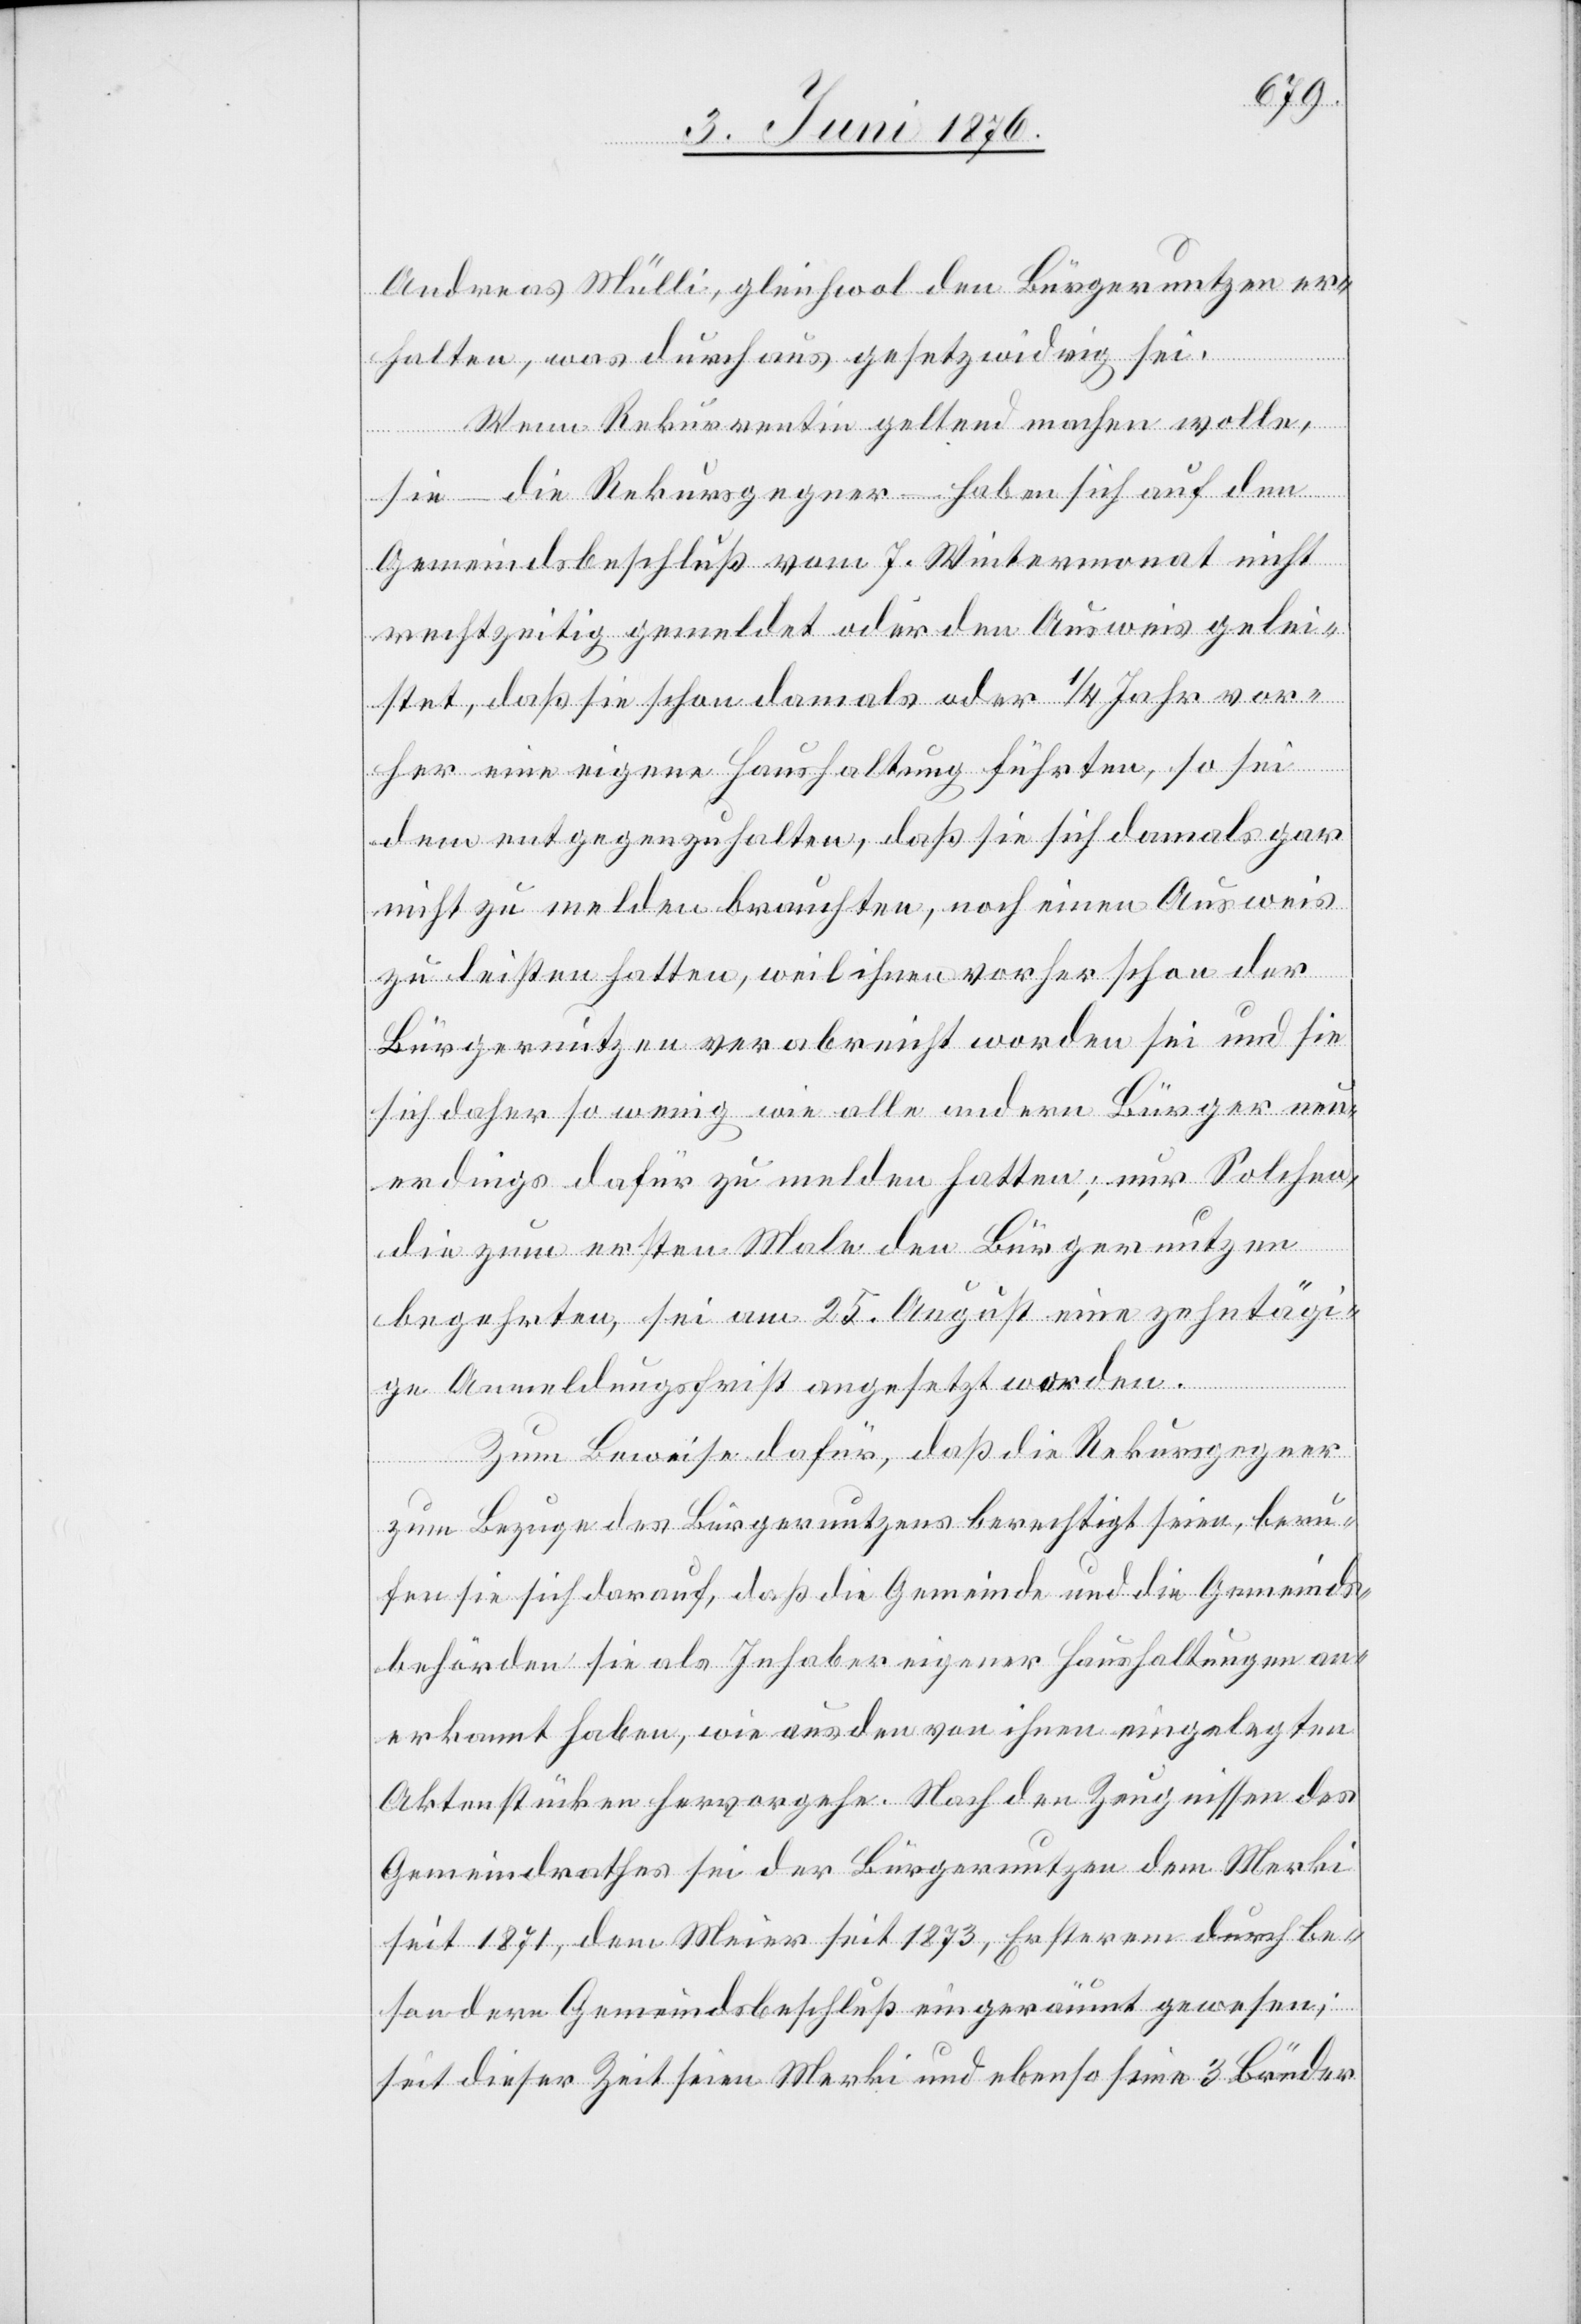
Andreas Mülli, gleichwol den Bürgernutzen er¬
halten, was durchaus gesetzwidrig sei.
Wenn Rekurrentin geltend machen wolle,
sie – die Rekursgegner – haben sich auf den
Gemeindsbeschluß vom 7. Wintermonat nicht
rechtzeitig gemeldet oder den Ausweis gelei¬
stet, daß sie schon damals oder 1/4 Jahr vor¬
her eine eigene Haushaltung führten, so sei
dem entgegenzuhalten, daß sie sich damals gar
nicht zu melden brauchten, noch einen Ausweis
zu leisten hatten, weil ihnen vorher schon der
Bürgernutzen verabreicht worden sei und sie
sich daher so wenig wie alle andern Bürger neu¬
erdings dafür zu melden hatten; nur Solchen,
die zum ersten Male den Bürgernutzen
begehrten, sei am 25. August eine zehntägi¬
ge Anmeldungsfrist angesetzt worden.
Zum Beweise dafür, daß die Rekursgegner
zum Bezuge des Bürgernutzens berechtigt seien, beru¬
fen sie sich darauf, daß die Gemeinde und die Gemeinds¬
behörden sie als Inhaber eigener Haushaltungen an¬
erkannt haben, wie aus den von ihnen eingelegten
Aktenstücken hervorgehe. Nach den Zeugnissen des
Gemeindrathes sei der Bürgernutzen dem Merki
seit 1871, dem Meier seit 1873, Ersterem durch be¬
sondern Gemeindsbeschluß eingeräumt gewesen;
seit dieser Zeit seien Merki und ebenso seine 3 Brüder